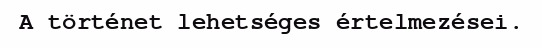
A történet lehetséges értelmezései.